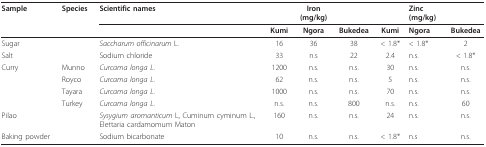
| Sample | Species | Scientific names |  | Iron(mg/kg) |  |  | Zinc(mg/kg) |  |
 |  |  |  | Kumi | Ngora | Bukedea | Kumi | Ngora | Bukedea |
 | --- | --- | --- | --- | --- | --- | --- | --- | --- |
 | Sugar |  | Saccharum officinarum L. | 16 | 36 | 38 | < 1.8* | < 1.8* | 2 |
 | Salt |  | Sodium chloride | 33 | n.s | 22 | 2.4 | n.s. | < 1.8* |
 | Curry | Munno | Curcama longa L. | 1200 | n.s. | n.s. | 30 | n.s. | n.s. |
 |  | Royco | Curcama longa L. | 62 | n.s. | n.s. | 5 | n.s. | n.s. |
 |  | Tayara | Curcama longa L. | 1000 | n.s. | n.s. | 70 | n.s. | n.s. |
 |  | Turkey | Curcama longa L. | n.s. | n.s. | 800 | n.s. | n.s. | 60 |
 | Pilao |  | Sysygium aromanticum L, Cuminum cyminum L.,Elettaria cardamomum Maton | 160 | n.s. | n.s. | 24 | n.s. | n.s. |
 | Baking powder |  | Sodium bicarbonate | 10 | n.s. | n.s. | < 1.8* | n.s | n.s. |